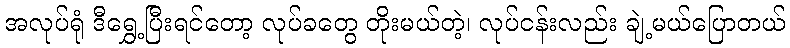
အလုပ်ရုံ ဒီရွှေ့ပြီးရင်တော့ လုပ်ခတွေ တိုးမယ်တဲ့၊ လုပ်ငန်းလည်း ချဲ့မယ်ပြောတယ်